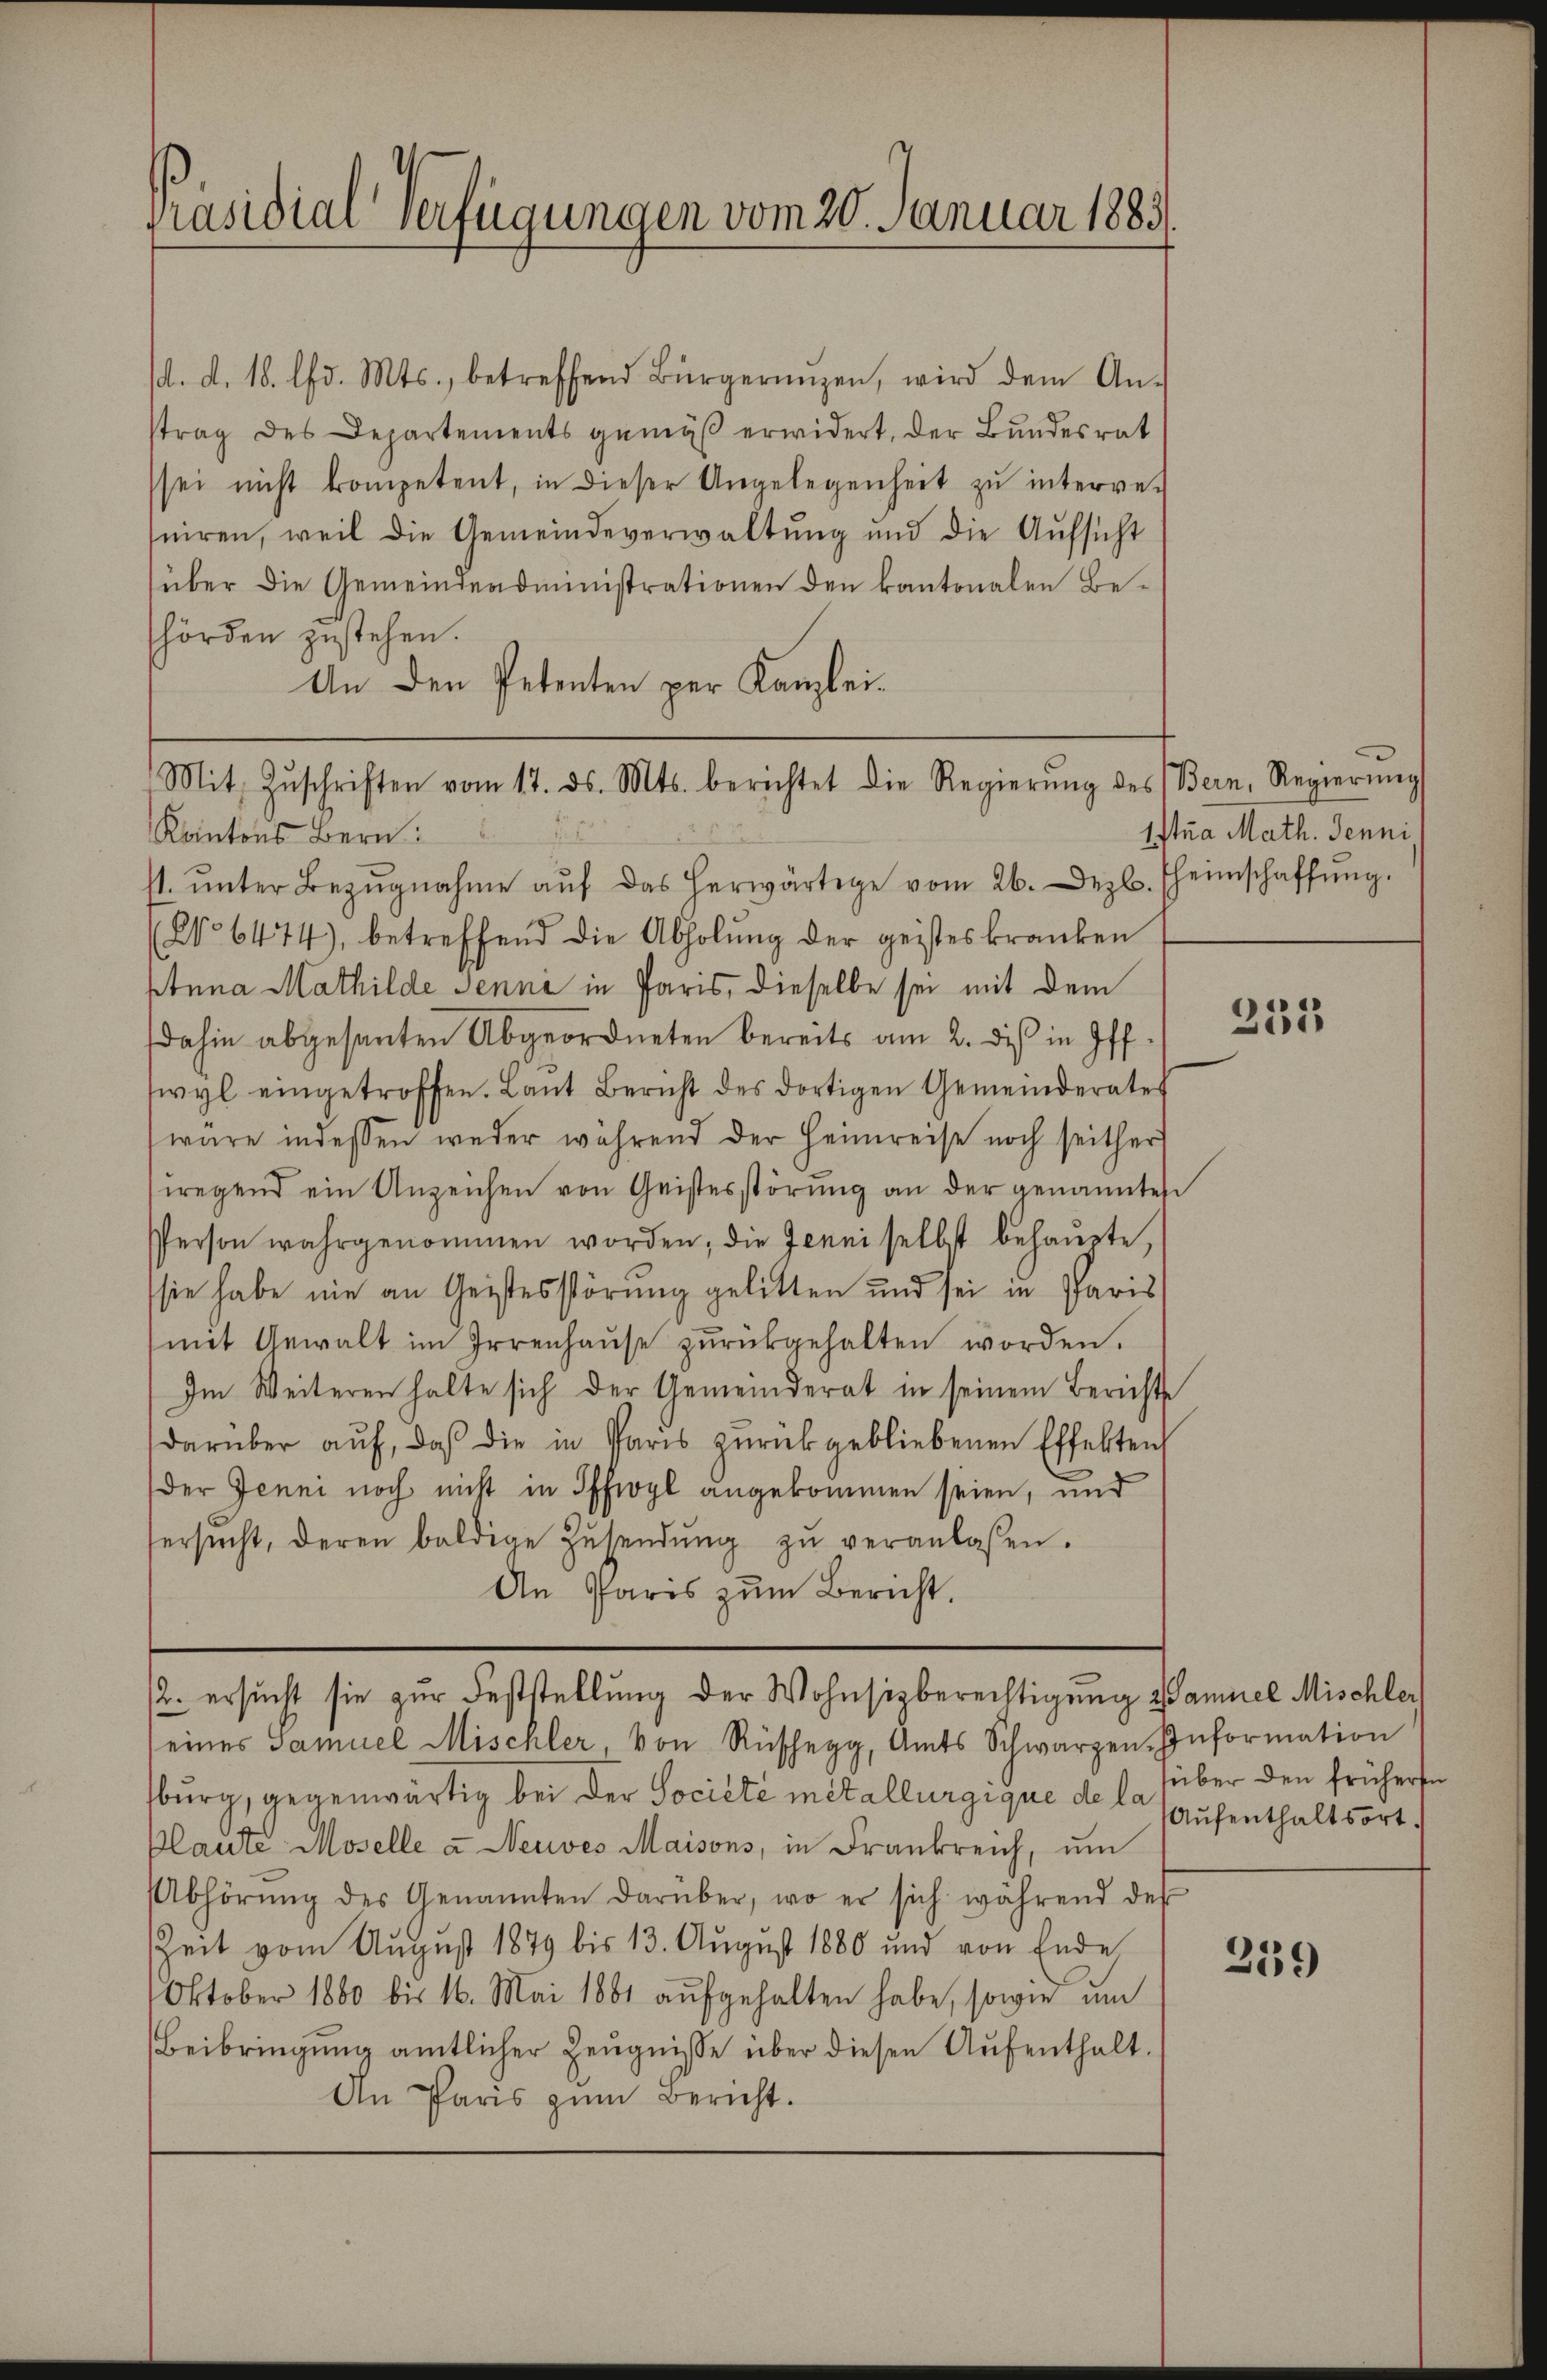
Präsidialverfügungen vom 20. Januar 1883.

/4. d. 18. d. Mts., betreffend Bürgerungen, wird dem An-
strag des Departements gemäß erwidert, der Bundesrat
sei nicht kompetent, in dieser Angelegenheit zu interver
niren, weil die Gemeindeverwaltŭng und die Aufsicht
über die Gemeindeadministrationen den kantonalen Behörden zustehen.
An den Petenten per Kanzlei¬
Kantons Bern:
st ŭnter Bezŭgnahme aŭf das herwärtige vom 26. Dez. Theimschaffŭng.
(No 6474), betreffend die Abholŭng der geisteskranken
Anna Mathilde Jenni in Paris, dieselbe sei mit dem
dahin abgesanten Abgeordneten bereits am 2. dis in off
swyl eingetroffen. Laŭt Bericht des dortigen Gemeinderates
wäre indessen weder während der Heimreise noch seither
wregend ein Anzeichen von Geistesstörŭng an der genannten
Person wahrgenommen worden; die Jenni selbst behaŭpte,
sie habe nie an Geistesstörung gelitten und sei in Paris
(mit Gewalt im Irrenhaŭse zŭrückgehalten worden.
Im Weiteren halte sich der Gemeinderat in seinem Berichte
darüber aŭf, daβ die in Paris zŭrückgebliebenen Effekten
der Jenni noch nicht in Offiogl angekommen seien, und
ersŭcht, deren baldige Zŭsendŭng zŭ veranlassen.
An Paris zum Bericht.
2. ersucht sie zur Feststellung der Wohnsitzberechtigung Samuel Mischler
seines Samuel Mischler, von Rüschegg, Amts Schwarzen Information
sburg, gegenwärtig bei der Societe metallurgique de le Aufenthaltsort.
Plante Moselle u Neuves Maisons, in Frankreich, um
Abhörŭng des Genannten darüber, wo er sich während des
ZZeit vom August 1879 bis 13. August 1880 und von Ende
Oktober 1880 bis 16. Mai 1861 aŭfgehalten habe, sowie um
Beibringung amtlicher Zeugnisse über diesen Aufenthalt.
An Paris zum Bericht.

Mit Zŭschriften vom 17. ds. Mts. berichtet die Regierŭng des Bern, Regierŭng

Itua Math. Jenni

235

über den früheren

259